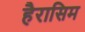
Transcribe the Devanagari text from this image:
हैरासिम